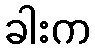
ခါးက